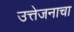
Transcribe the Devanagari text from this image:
उत्तेजनाचा